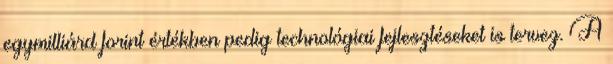
egymilliárd forint értékben pedig technológiai fejlesztéseket is tervez. A